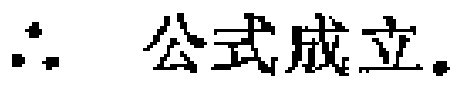
\(\therefore\) 公式成立。